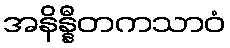
အနိန္နီတကသာဝံ